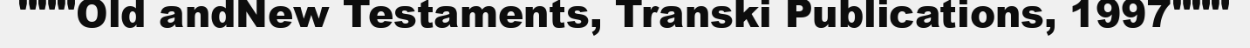
"""Old andNew Testaments, Transki Publications, 1997"""